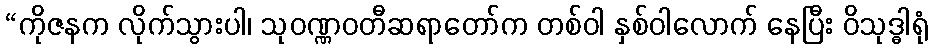
“ကိုဇနက လိုက်သွားပါ၊ သုဝဏ္ဏဝတီဆရာတော်က တစ်ဝါ နှစ်ဝါလောက် နေပြီး ဝိသုဒ္ဓါရုံ